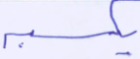
يكسبه